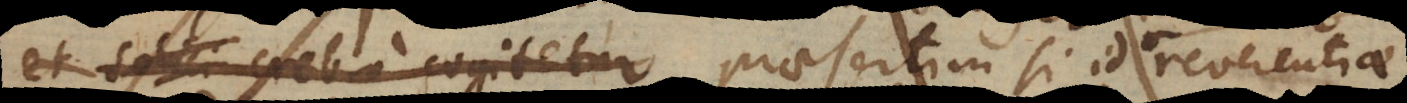
et solici crebro cogitetur praesertim si id per reverentiae